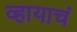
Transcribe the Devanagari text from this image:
व्हायाचं